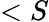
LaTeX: <S